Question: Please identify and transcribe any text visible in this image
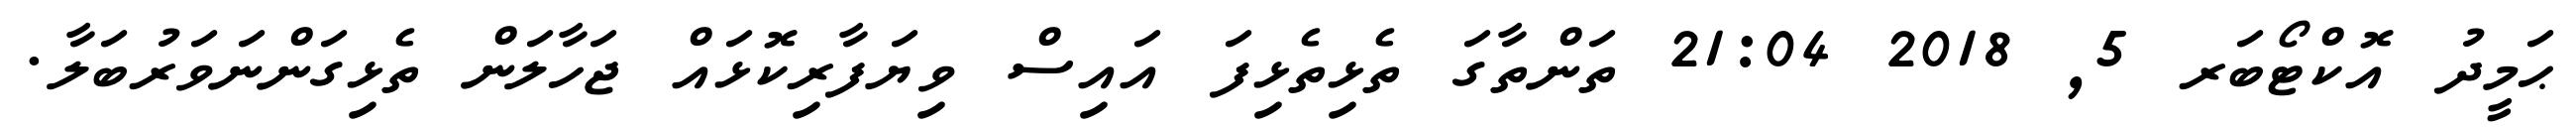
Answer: ޙަމީދު އޮކްޓޯބަރ 5, 2018 21:04 ތަންތާގަ ތެޅިތެޅިފަ އައިސް ވިޔަފާރިކޮޅައް ޖަހާލަން ތެޅިގަންނަވަރުބަލާ.